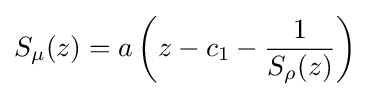
S_{\mu }(z)=a\left(z-c_{1}-{\frac {1}{S_{\rho }(z)}}\right)